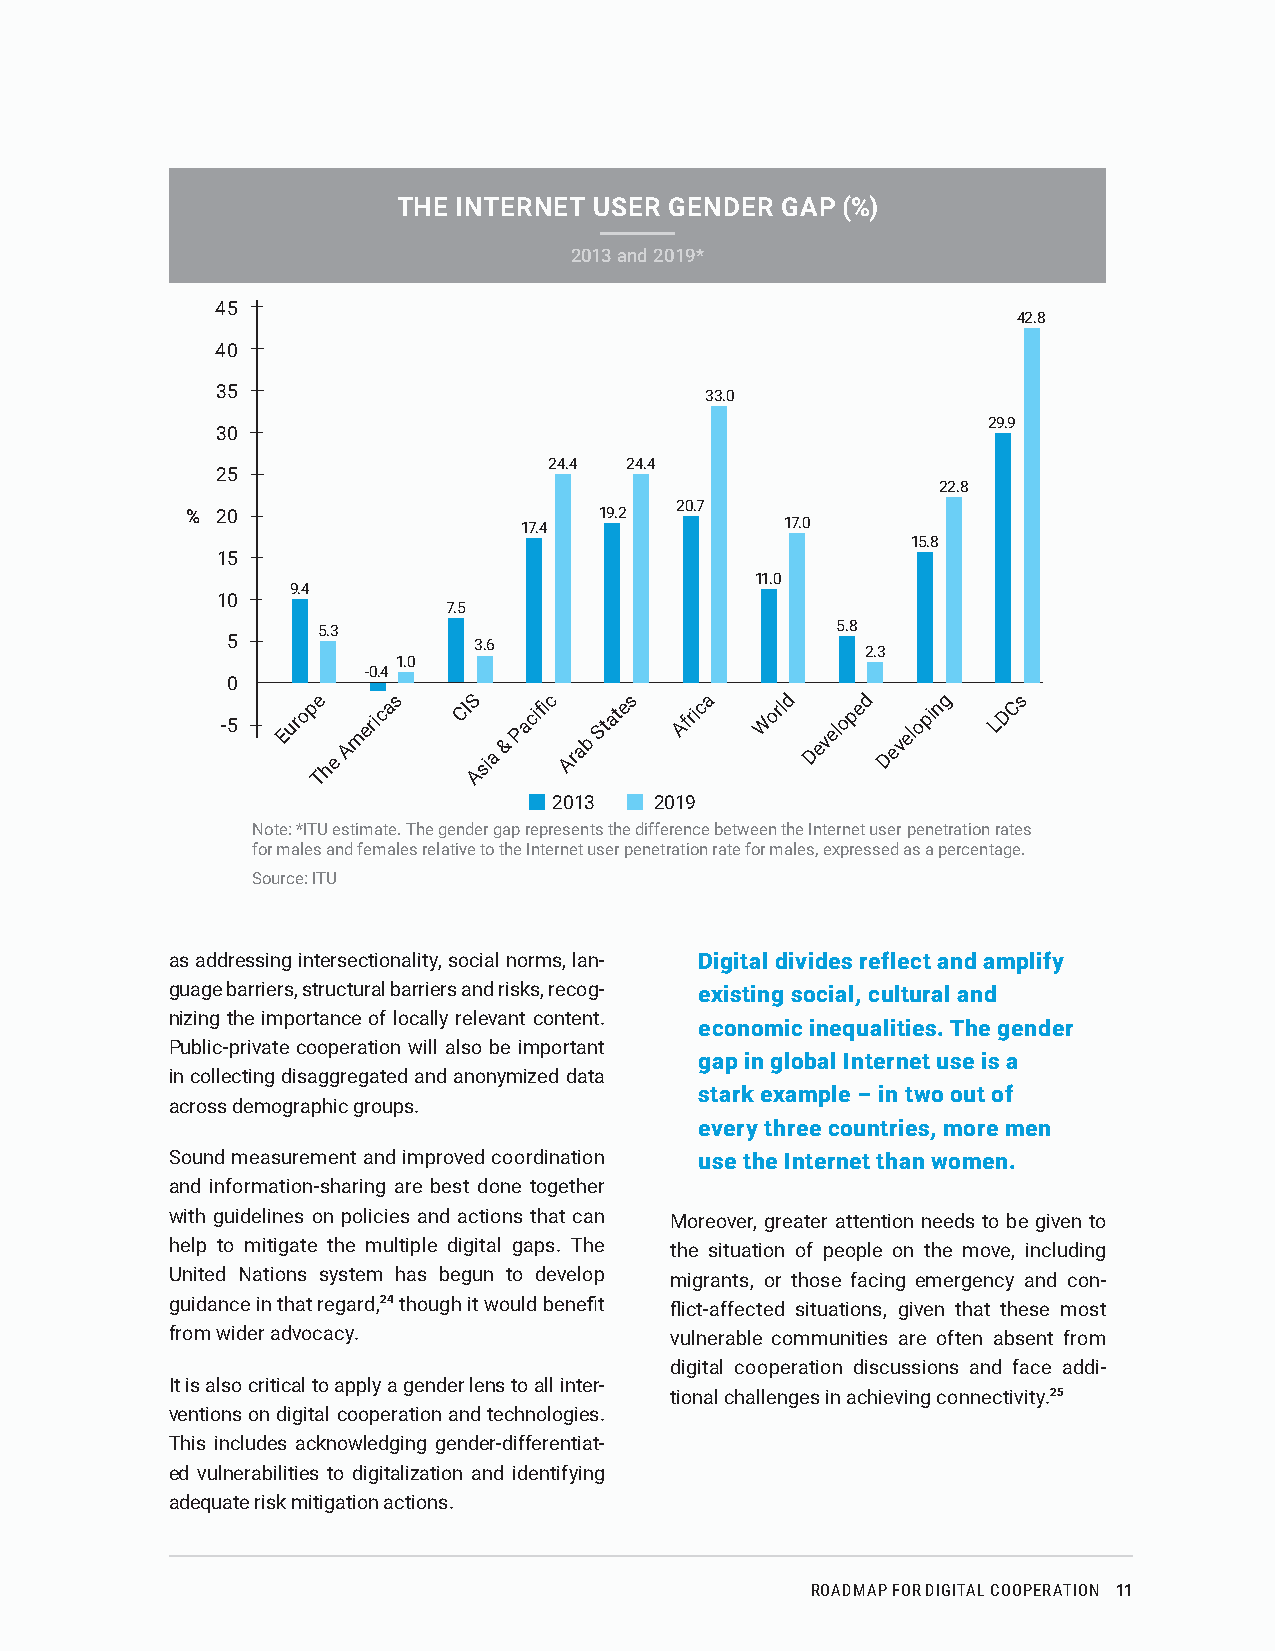
THE INTERNET USER GENDER  GAP (%)
 2013 and 2019*
 45
 42.8
 40
 35                               33.0
 29.9
 30
 24.4 24.4
 25
 22.8
 20.7
 % 20                        19.2
 17.4              17.0
 15.8
 15
 11.0
 9.4
 10
 7.5
 5.3                               5.8
 5               3.6
 2.3
 1.0
 -0.4
 0
 e    s    S    c     s    a    d    d    g    s
 -5
 Europ
 The
 A
 merica CI
 Asia
 &
 Pacifi
 Arab
 State Afric Worl Develope Developin LDC
 2013  2019
 Note: *ITU estimate. The gender gap represents the difference between the Internet user penetration rates
 for males and females relative to the Internet user penetration rate for males, expressed as a percentage.
 Source: ITU
 as addressing intersectionality, social norms, lan- Digital divides reflect and amplify
 guage barriers, structural barriers and risks, recog- existing social, cultural and
 nizing the importance of locally relevant content.
 economic inequalities. The gender
 Public-private cooperation will also be important
 gap in global Internet use is a
 in collecting disaggregated and anonymized data
 stark example – in two out of
 across demographic groups.
 every three countries, more men
 Sound measurement and improved coordination use the Internet than women.
 and information-sharing are best done together
 with guidelines on policies and actions that can Moreover, greater attention needs to be given to
 help to mitigate the multiple digital gaps. The the situation of people on the move, including
 United Nations system has begun to develop migrants, or those facing emergency and con-
 guidance in that regard,24 though it would benefit flict-affected situations, given that these most
 from wider advocacy.             vulnerable communities are often absent from
 digital cooperation discussions and face addi-
 It is also critical to apply a gender lens to all inter-
 tional challenges in achieving connectivity.25
 ventions on digital cooperation and technologies.
 This includes acknowledging gender-differentiat-
 ed vulnerabilities to digitalization and identifying
 adequate risk mitigation actions.
 ROADMAP FOR DIGITAL COOPERATION 11